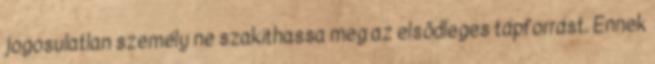
jogosulatlan személy ne szakíthassa meg az elsõdleges tápforrást. Ennek